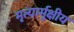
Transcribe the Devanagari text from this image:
मृत्यार्मुक्षीय